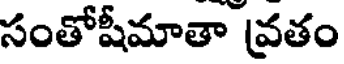
సంతోషీమాతా వ్రతం